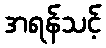
အရန်သင့်